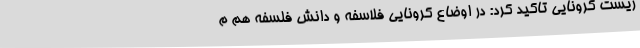
زیست کرونایی تاکید کرد: در اوضاع کرونایی فلاسفه و دانش فلسفه هم م